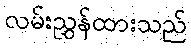
လမ်းညွှန်ထားသည်